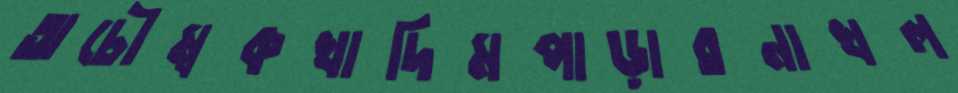
অচৌম্বকখাদিমপাড়ারনাখল